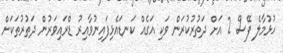
ހުޅުމާލެ ފޭސް 2 އަށް ދަތުރުކުރަން ވަކި އަގެއް ކަނޑައެޅިފައިނުވާއިރު ޑްރައިވަރުން ދަތުރުތަކަށް